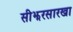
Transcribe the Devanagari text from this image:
सीझरसारखा